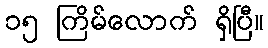
၁၅ ကြိမ်လောက် ရှိပြီ။